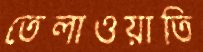
তেলাওয়াতি